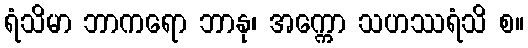
ရံသိမာ ဘာကရော ဘာနု၊ အက္ကော သဟဿရံသိ စ။